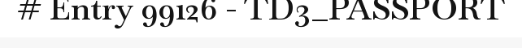
# Entry 99126 - TD3_PASSPORT